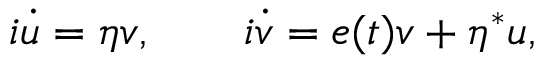
i \dot { u } = \eta v , \quad \quad i \dot { v } = e ( t ) v + \eta ^ { * } u ,